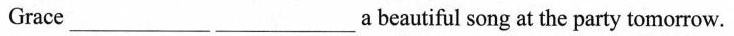
Grace___ ___a beautiful song at the party tomorrow.